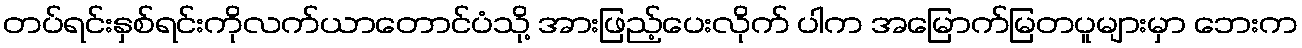
တပ်ရင်းနှစ်ရင်းကိုလက်ယာတောင်ပံသို့ အားဖြည့်ပေးလိုက် ပါက အမြောက်မြတပူများမှာ ဘေးက